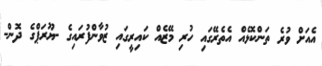
އެއަށް ވުރެ ތަންކޮޅެއް އެތެރޭގައި ހުރި މޭޒެއް ކައިރީގައި ޒުވާންފުރައިގެ -ޔޫރަޕްގެ ދޮން-